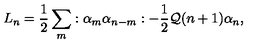
L _ { n } = \frac { 1 } { 2 } \sum _ { m } : \alpha _ { m } \alpha _ { n - m } : - \frac { 1 } { 2 } { \cal Q } ( n + 1 ) \alpha _ { n } ,